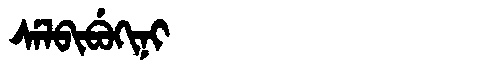
Manchu: ᠰᡝᠯᠪᡳᠪᡠᡴᡳᠨᡳ
Romanization: SELBIBUKINI